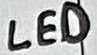
Text: LED